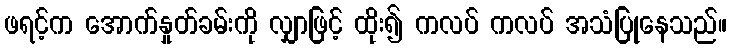
ဖရင့်က အောက်နှုတ်ခမ်းကို လျှာဖြင့် ထိုး၍ ကလပ် ကလပ် အသံပြုနေသည်။